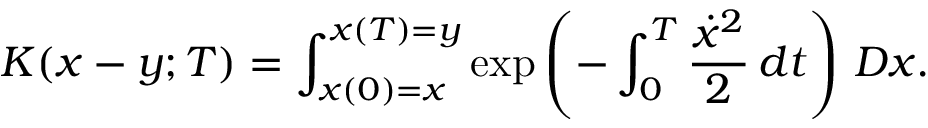
K ( x - y ; T ) = \int _ { x ( 0 ) = x } ^ { x ( T ) = y } \exp \left( - \int _ { 0 } ^ { T } { \frac { { \dot { x } } ^ { 2 } } { 2 } } \, d t \right) \, D x .